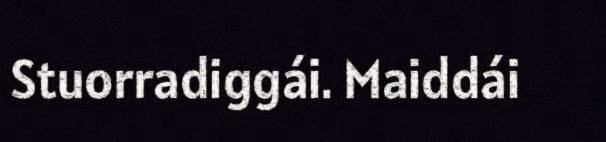
Stuorradiggái. Maiddái